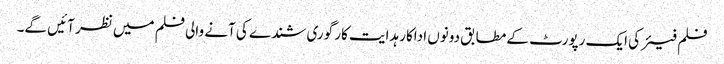
فلم فیئر کی ایک رپورٹ کے مطابق دونوں اداکار ہدایت کار گوری شندے کی آنے والی فلم میں نظر آئیں گے۔